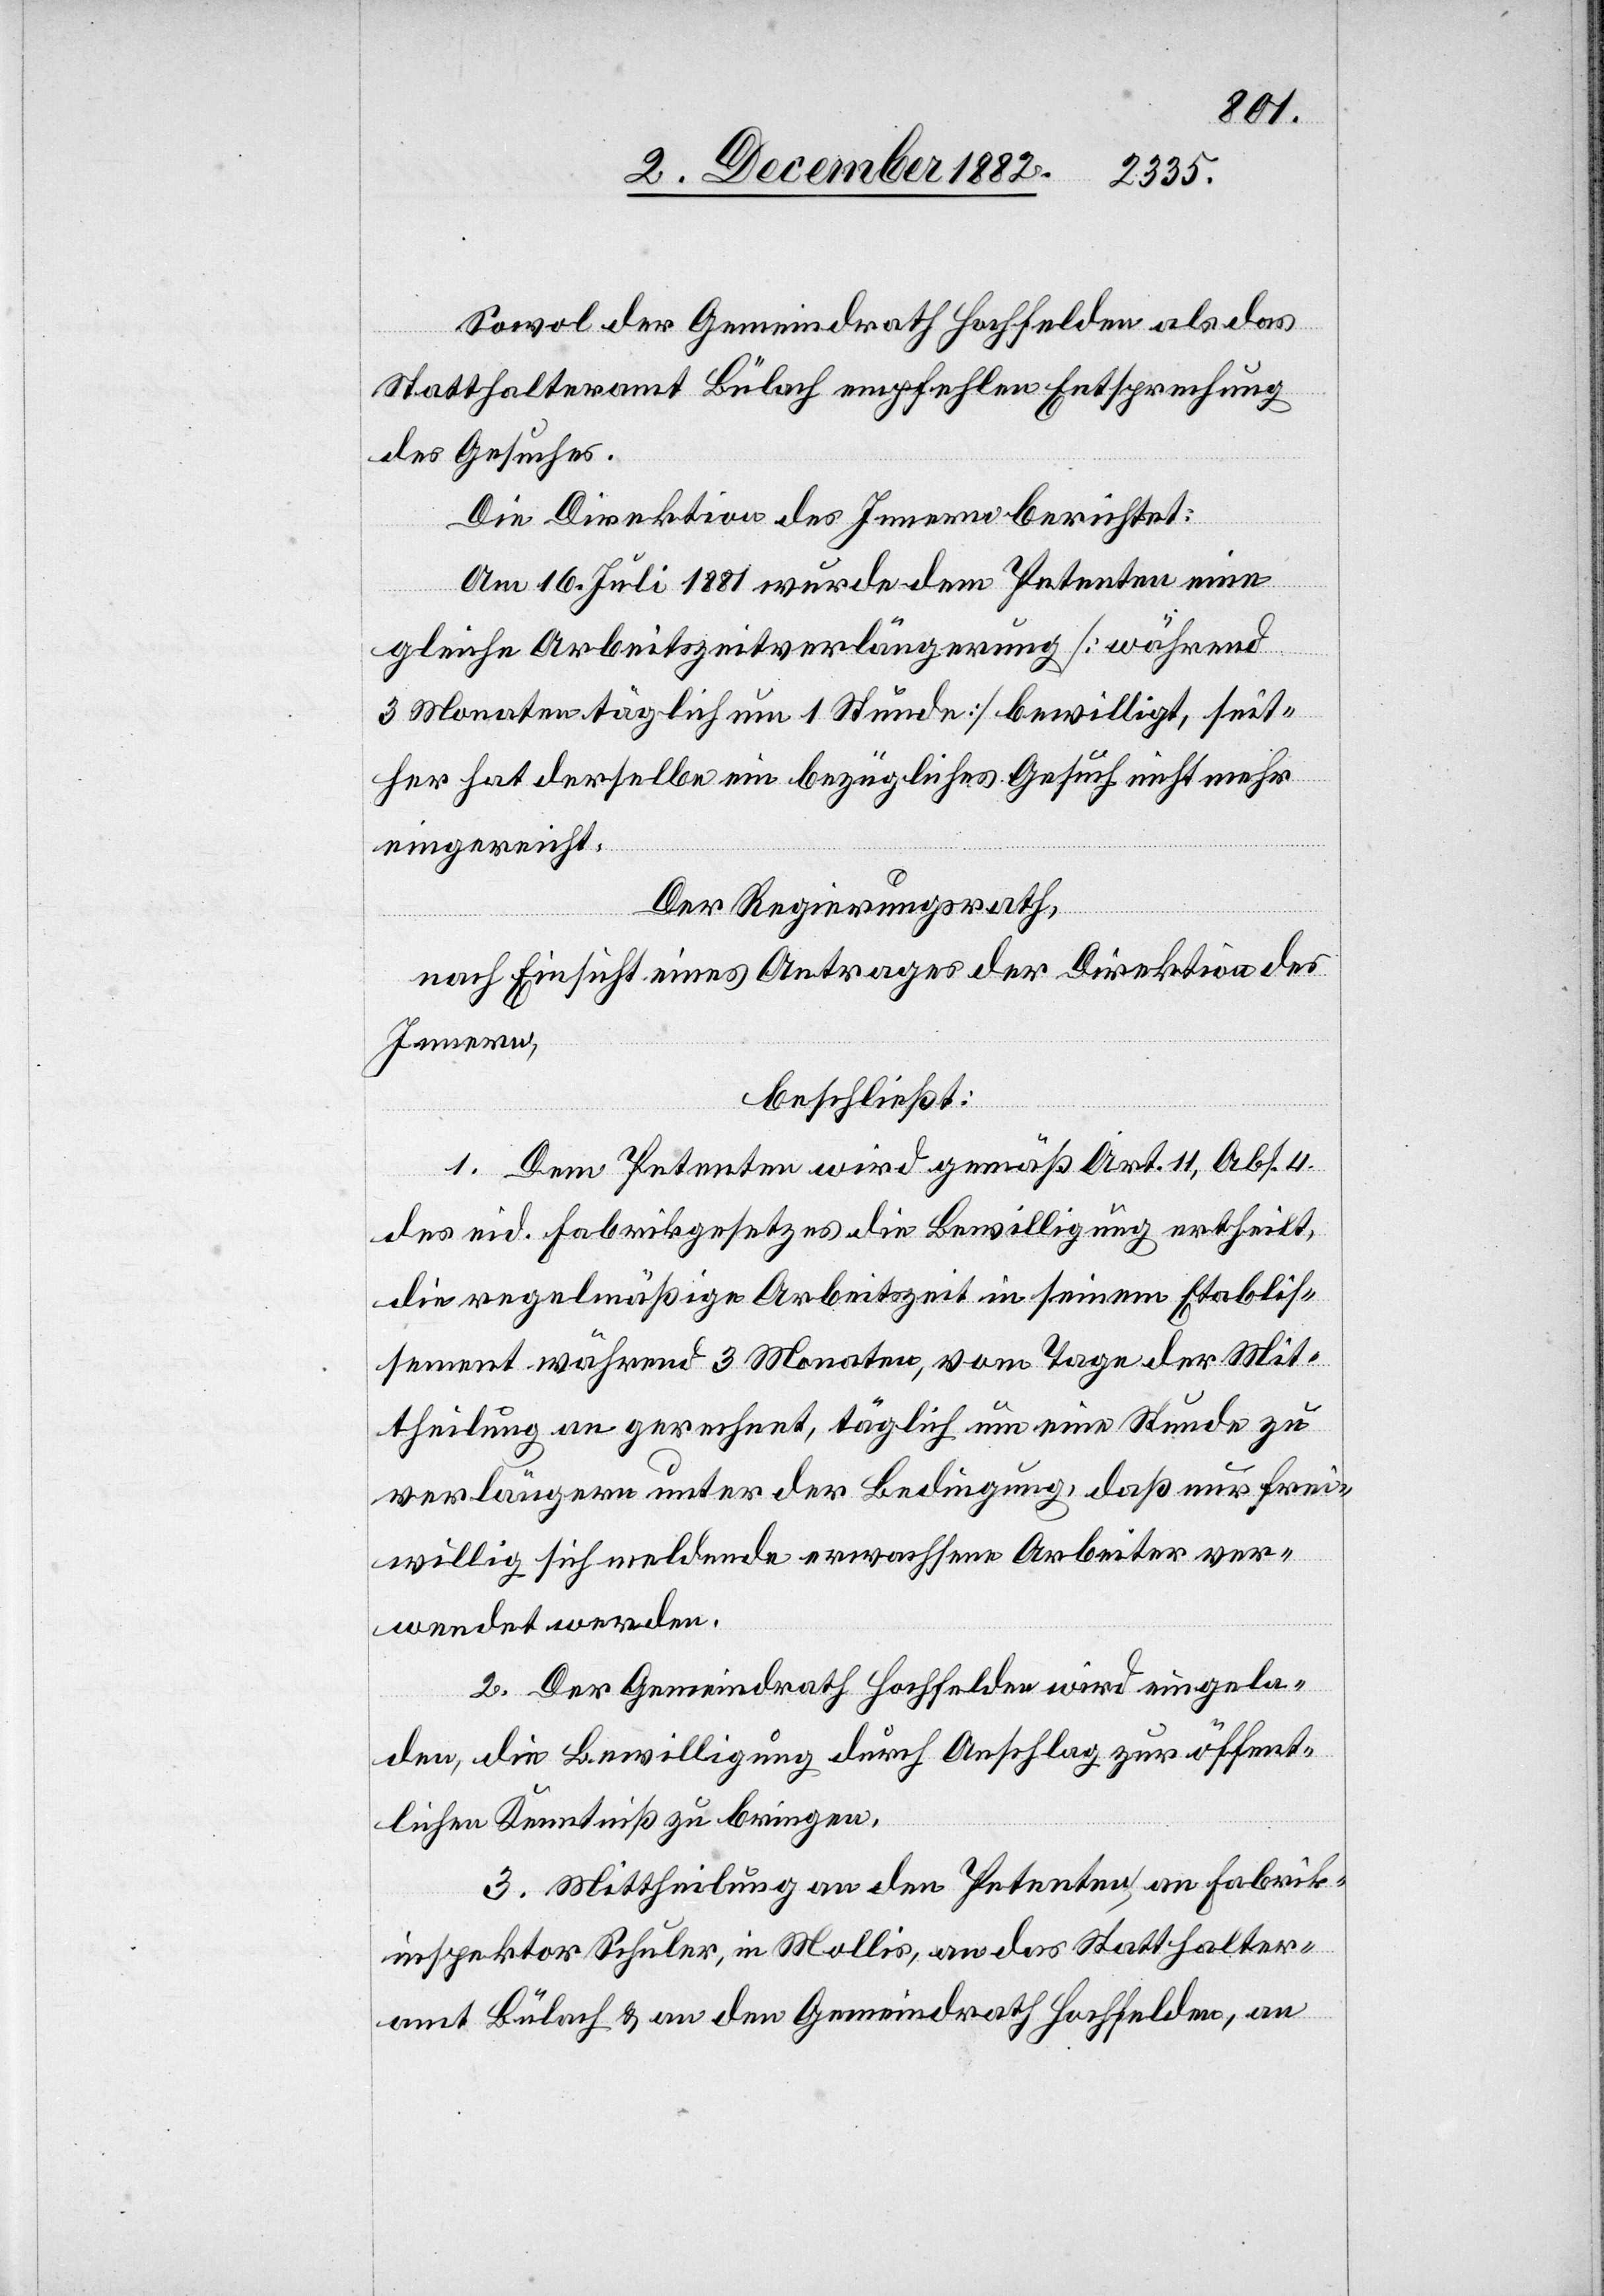
Sowol der Gemeindrath Hochfelden als das
Statthalteramt Bülach empfehlen Entsprechung
des Gesuches.
Die Direktion des Innern berichtet:
Am 16. Juli 1881 wurde dem Petenten eine
gleiche Arbeitszeitverlängerung [während
3 Monaten täglich um 1 Stunde] bewilligt, seit¬
her hat derselbe ein bezügliches Gesuch nicht mehr
eingereicht.
Der Regierungsrath,
nach Einsicht eines Antrages der Direktion des
Innern,
beschließt:
1. Dem Petenten wird gemäß Art. 11, Abs. 4
des eid. Fabrikgesetzes die Bewilligung ertheilt,
die regelmäßige Arbeitszeit in seinem Etablis¬
sement während 3 Monaten, vom Tage der Mit¬
theilung an gerechnet, täglich um eine Stunde zu
verlängern unter der Bedingung, daß nur frei¬
willig sich meldende erwachsene Arbeiter ver¬
wendet werden.
2. Der Gemeindrath Hochfelden wird eingela¬
den, die Bewilligung durch Anschlag zur öffent¬
lichen Kenntniß zu bringen.
3. Mittheilung an den Petenten, an Fabrik¬
inspektor Schuler, in Mollis, an das Statthalter¬
amt Bülach & an den Gemeindrath Hochfelden, an